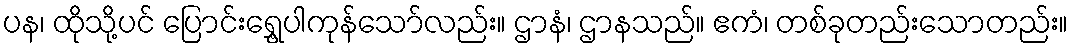
ပန၊ ထိုသို့ပင် ပြောင်းရွှေ့ပါကုန်သော်လည်း။ ဌာနံ၊ ဌာနသည်။ ဧကံ၊ တစ်ခုတည်းသောတည်း။